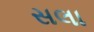
સલા